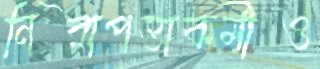
নিরাপত্তাকর্মীও